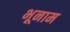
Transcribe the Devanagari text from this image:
भूनाम